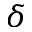
\delta